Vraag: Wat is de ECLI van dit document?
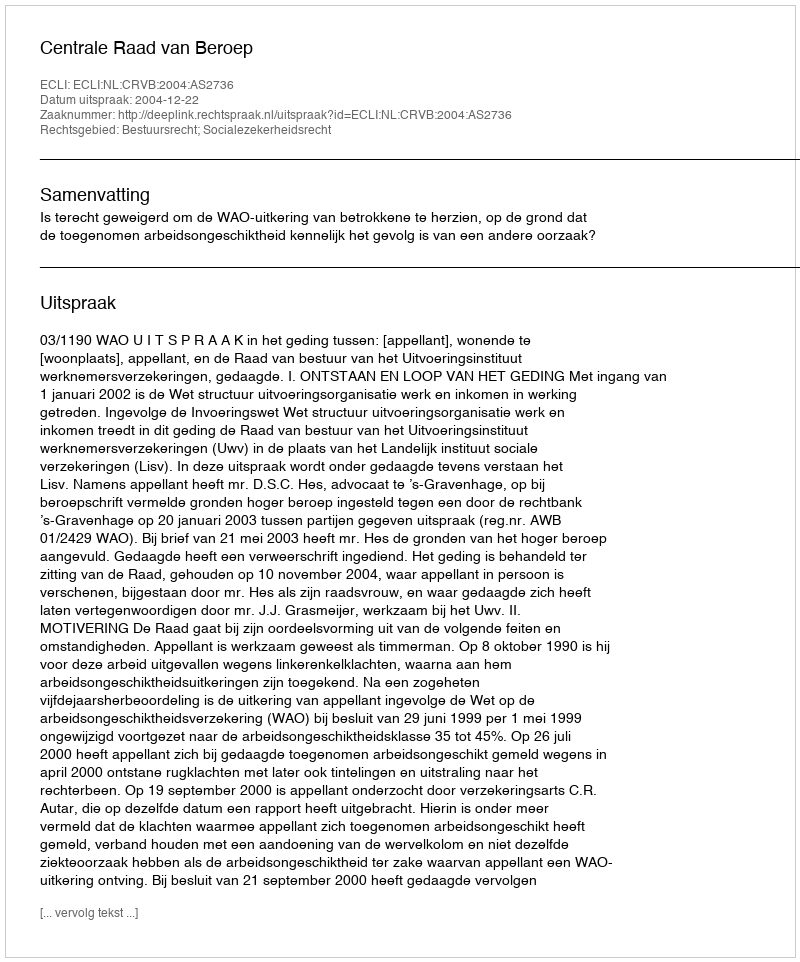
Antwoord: ECLI:NL:CRVB:2004:AS2736